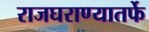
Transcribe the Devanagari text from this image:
राजघराण्यातर्फे